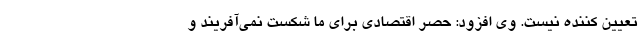
تعیین کننده نیست. وی افزود: حصر اقتصادی برای ما شکست نمی‌آفریند و